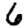
Digit: 6